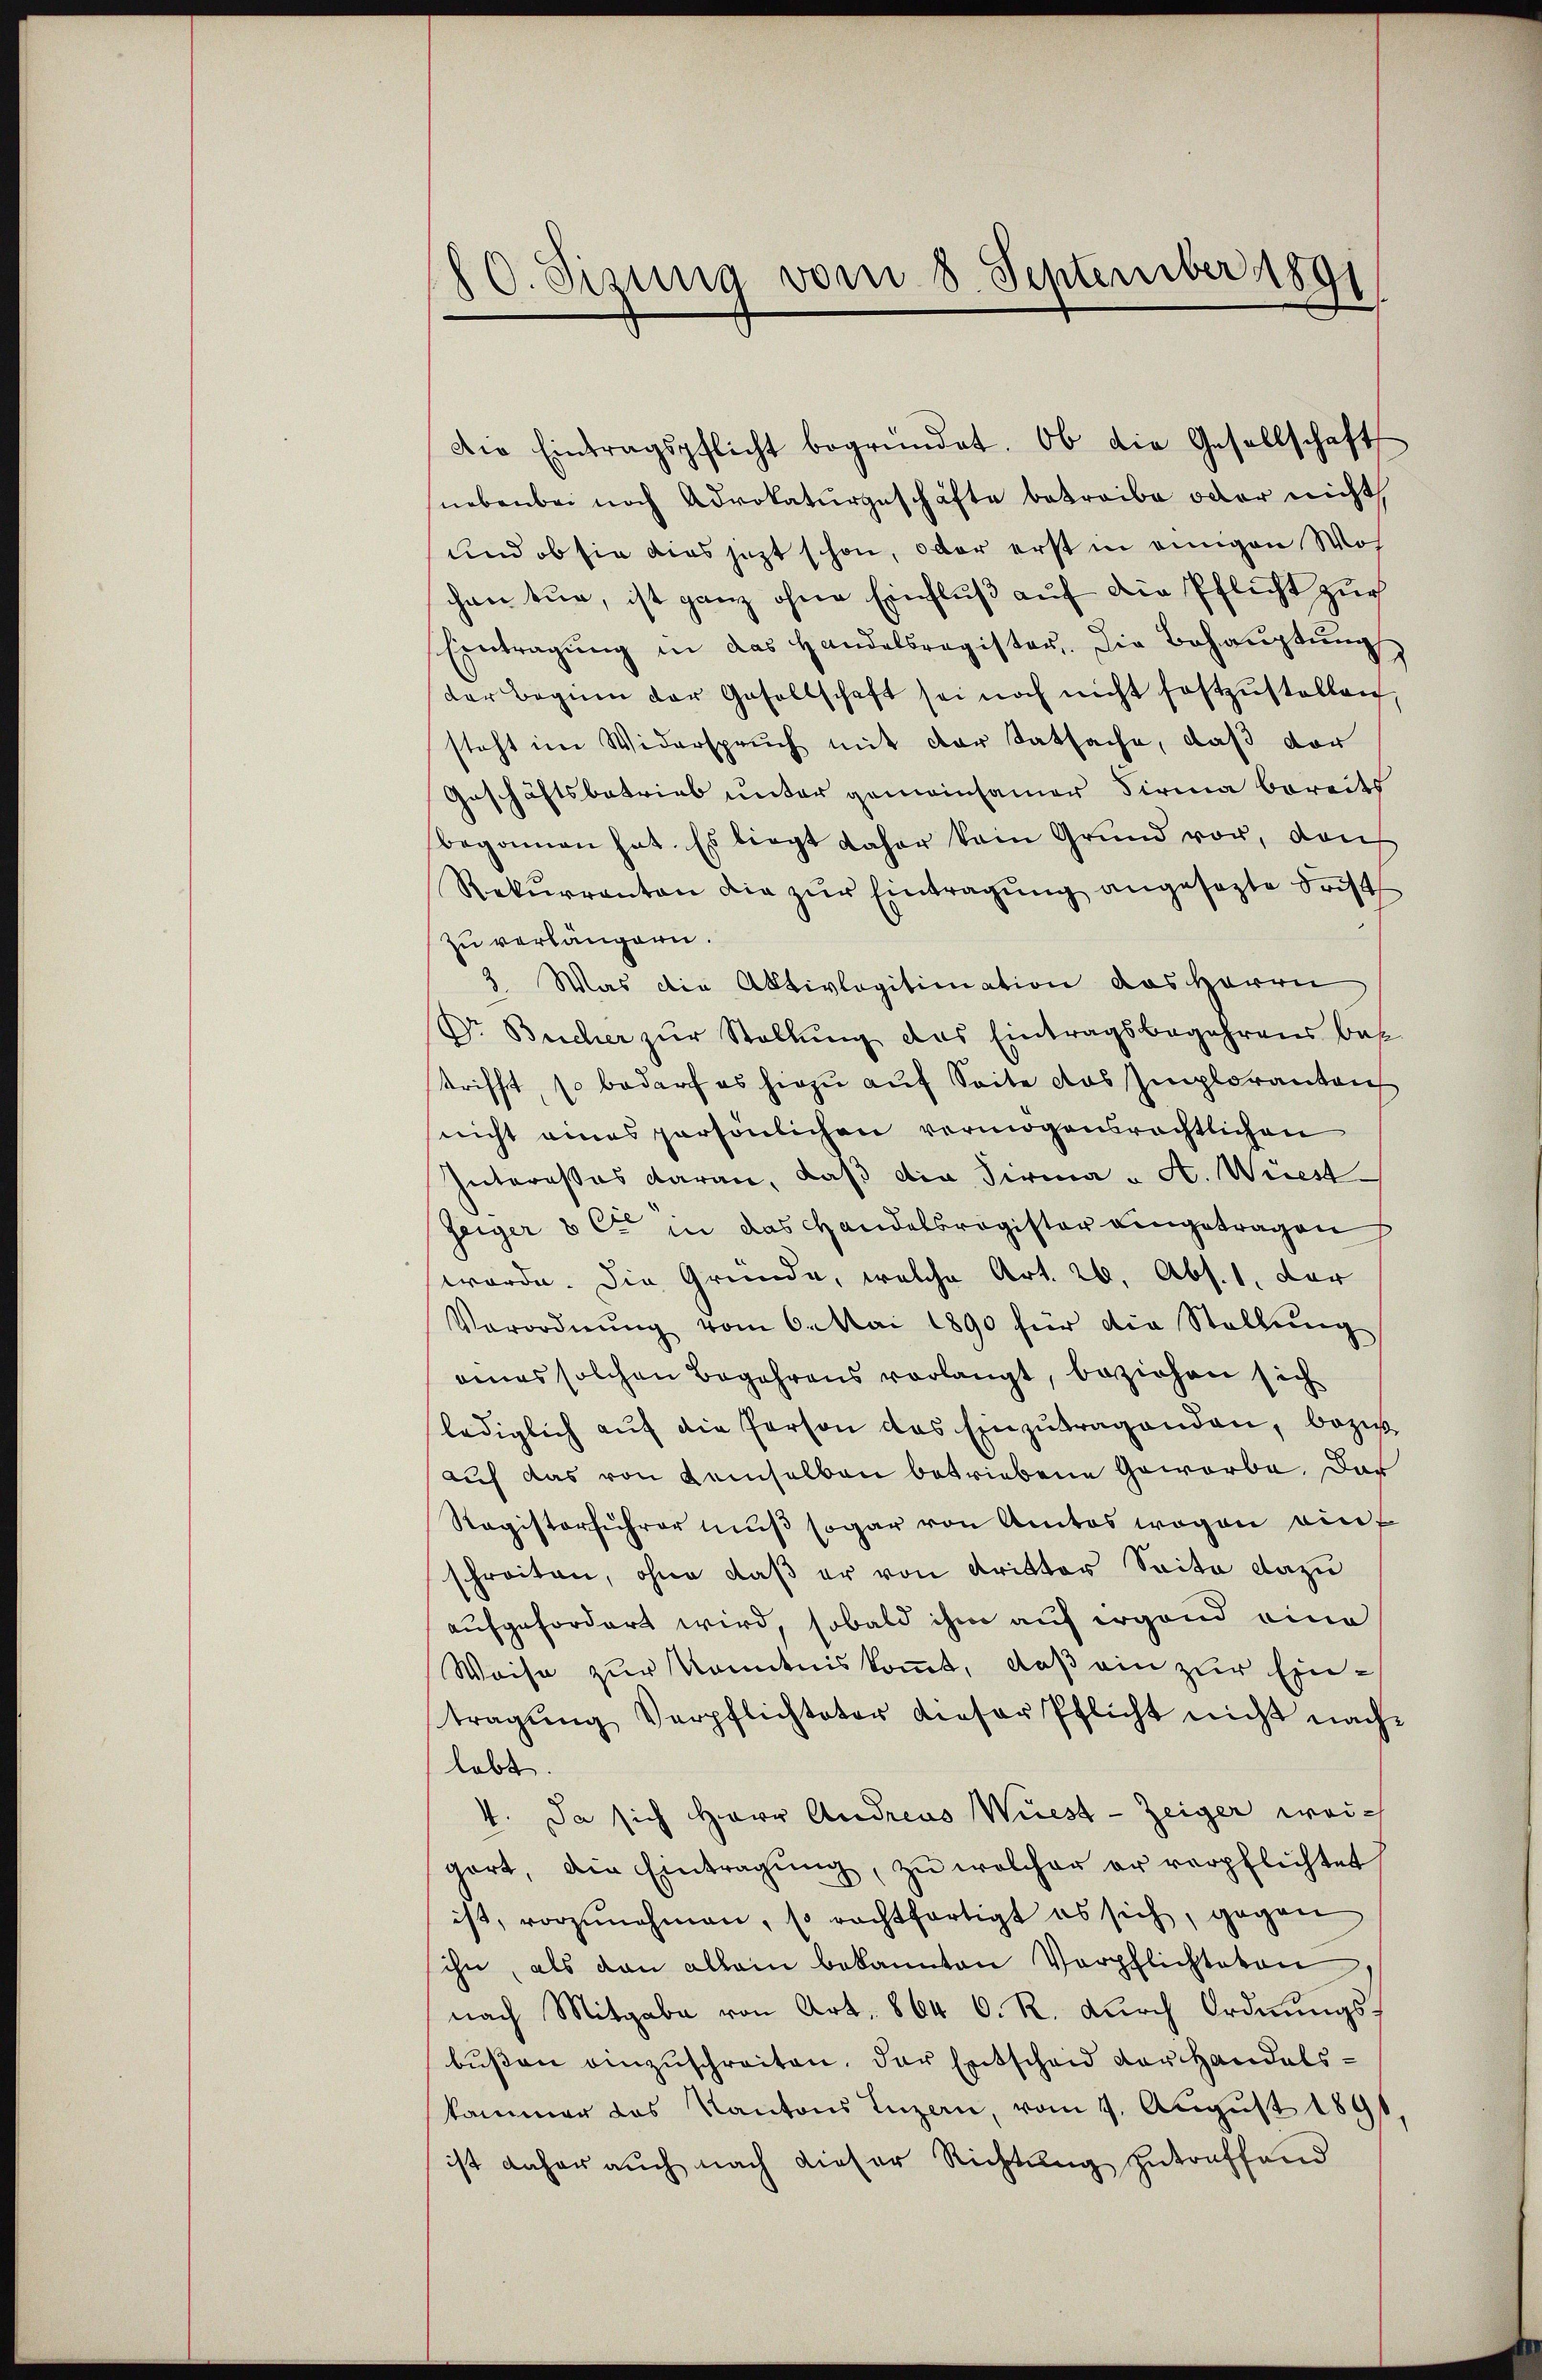
10. Sizung vom 8. September 1891

Die Eintragspflicht begründet. Ob die Gesellschaft
nebenbei noch Advokaturgeschäfte betreibe oder nicht
und ob sie dies jezt schon, oder erst in einigen Wohchen tue, ist ganz ohne Einfluß auf die Pflicht zur
Eintragung in das Handelsregister. Die Behauptung,
der Beginn der Gesellschaft sei noch nicht festzustellen,
steht im Widerspruch mit der Tatsache, daß vor
Geschäftsbetrieb unter gemeinsamer Firma bereits
begonnen hat. Es biegt daher kein Grund vor, dan
Rekŭrranten die zŭr Eintragŭng angesezte Frist
zu verlängern.
3. Was die Aktivlagitimation das Herrn
Dr. Bucher zur Stellung das Eintragsbegehrens bes
trifft, so bedarf es hiezu auf Seite das Imploranten
nicht eines persönlichen vermögensrechtlichen
Interesses daran, daß die Firma „ A. Wüest
Geiger & Cie in das Handelsregister eingetragen
werde. Die Gründe, welche Art. 26. Abs. 1. dar
Verordnŭng vom 6. Mai 1890 für die Stellŭng
eines solchen Begehrens vorlangt, beziehen sich
lediglich auf die Person des Einzutragenden, bezieh
auf das von demselben betriebene Geworbe. Das
Ragisterfuhrer muß sogar von Amtes wegen einschreiten, ohne daß er von Dritter Seite dazu
aufgefordert wird, sobald ihm auf irgend eine
Weise zur Kenntniskommt, daß ein zur Eintragŭng Verpflichteter dieser Pflicht nicht nach-
lebt.
4. Da sich Herr Andreus Wüest-Zeiger weigart, die Eintragŭng, zŭ welcher er verpflichtet,
ist, vorzunehmen, so rechtfertigt es sich, gegen
ihn, als dan allein bekannten Verpflichteten
nach Mitgabe von Art. 864 6. R. dŭrch Ordnŭngs-
bußen einzuschreiten, der Entscheid der Handelskammer das Kantons Luzern, vom 7. August 1891
ist daher auch nach dieser Richtung zutreffend